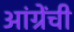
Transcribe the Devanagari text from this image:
आंग्रेंची